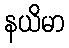
နယိမာ